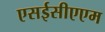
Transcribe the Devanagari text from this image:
एसईसीएएम